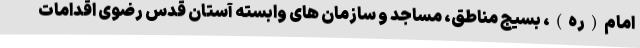
امام(ره)، بسیج مناطق، مساجد و سازمان های وابسته آستان قدس رضوی اقدامات